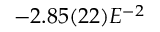
- 2 . 8 5 ( 2 2 ) E ^ { - 2 }